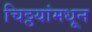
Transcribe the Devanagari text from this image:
चिठ्ठयांमधून